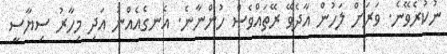
ނުކުރެވޭނެ. ވަރަށް ލަހުން އާދެވޭ ރޭތައްވެސް ހުންނާނެ. އެނގެއެއްނު އަދި މިހާރު ސިޔާސީ